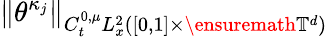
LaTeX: \| \theta^{\kappa_{j}}\| _{C_{t}^{0,\mu}L_{x}^{2}([0,1]\times\ensuremath{\mathbb{T}}^{d})}